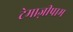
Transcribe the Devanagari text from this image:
टेमाज़ीपाम